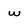
Character: w